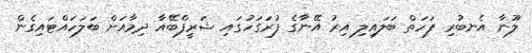
ލޫނާ އެނބުރި ފަހަތް ބަލައިލި އިރު އޭނާގެ ފުރަގަހުގައި ޝަރީފްބޭއާ ދިމާއަށް ބަލަހައްޓައިގެން